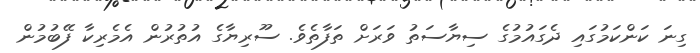
ގިނަ ކަންކަމުގައި ދެގައުމުގެ ސިޔާސަތު ވަރަށް ތަފާތެވެ. ސޫރިޔާގެ އުތުރުން އެމެރިކާ ފޭބުމުން